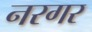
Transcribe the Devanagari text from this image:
नरगर